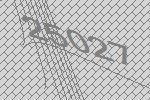
25027